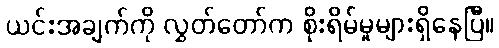
ယင်းအချက်ကို လွှတ်တော်က စိုးရိမ်မှုများရှိနေပြီ။